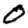
Digit: 0